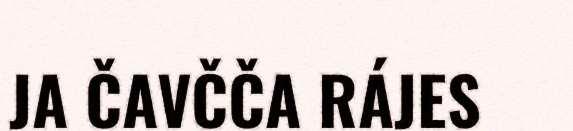
JA ČAVČČA RÁJES